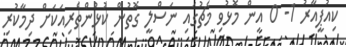
ކިއުޕީއާރު 1- 0 އިން މޮޅުވި މެޗުގައި ނަސްލީ ގޮތުން ކުޅުންތެރިއަކަށް ދިމާކުރި